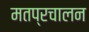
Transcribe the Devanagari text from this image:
मतप्रचालन